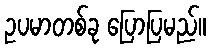
ဥပမာတစ်ခု ပြောပြမည်။